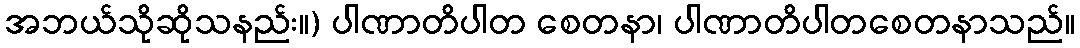
အဘယ်သိုဆိုသနည်း။) ပါဏာတိပါတ စေတနာ၊ ပါဏာတိပါတစေတနာသည်။